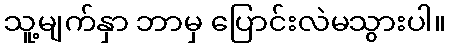
သူ့မျက်နှာ ဘာမှ ပြောင်းလဲမသွားပါ။